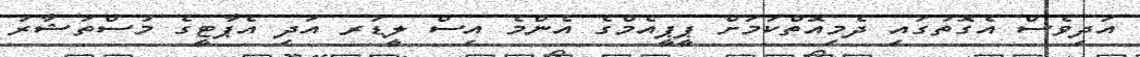
އަދިވެސް އެގޮތުގައި ދެމިއޮތްކަމަށް ޕީޕީއެމްގެ އެންމެ އިސް ލީޑަރ އަދި އެޕާޓީގެ މުސްތަޝާރު